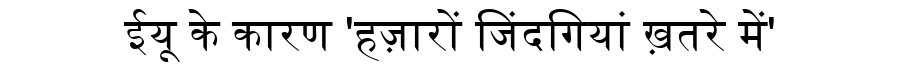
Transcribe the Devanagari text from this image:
ईयू के कारण 'हज़ारों जिंदगियां ख़तरे में'